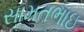
સામતભાઇ